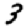
Digit: 3